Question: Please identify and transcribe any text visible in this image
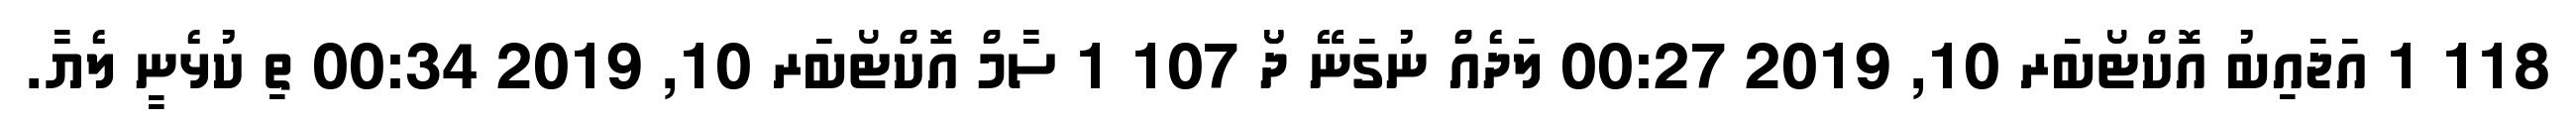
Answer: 118 1 އަޖައިބު އޮކްޓޯބަރ 10, 2019 00:27 ލަދެއް ނުގަނޭ ދޯޯ 107 1 ސާމް އޮކްޓޯބަރ 10, 2019 00:34 ތި ކުޅެނީ ލެޔާ.